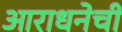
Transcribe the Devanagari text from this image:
आराधनेची